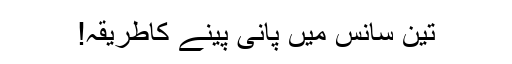
تین سانس میں پانی پینے کاطریقہ!